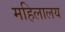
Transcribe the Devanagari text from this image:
महिलालय